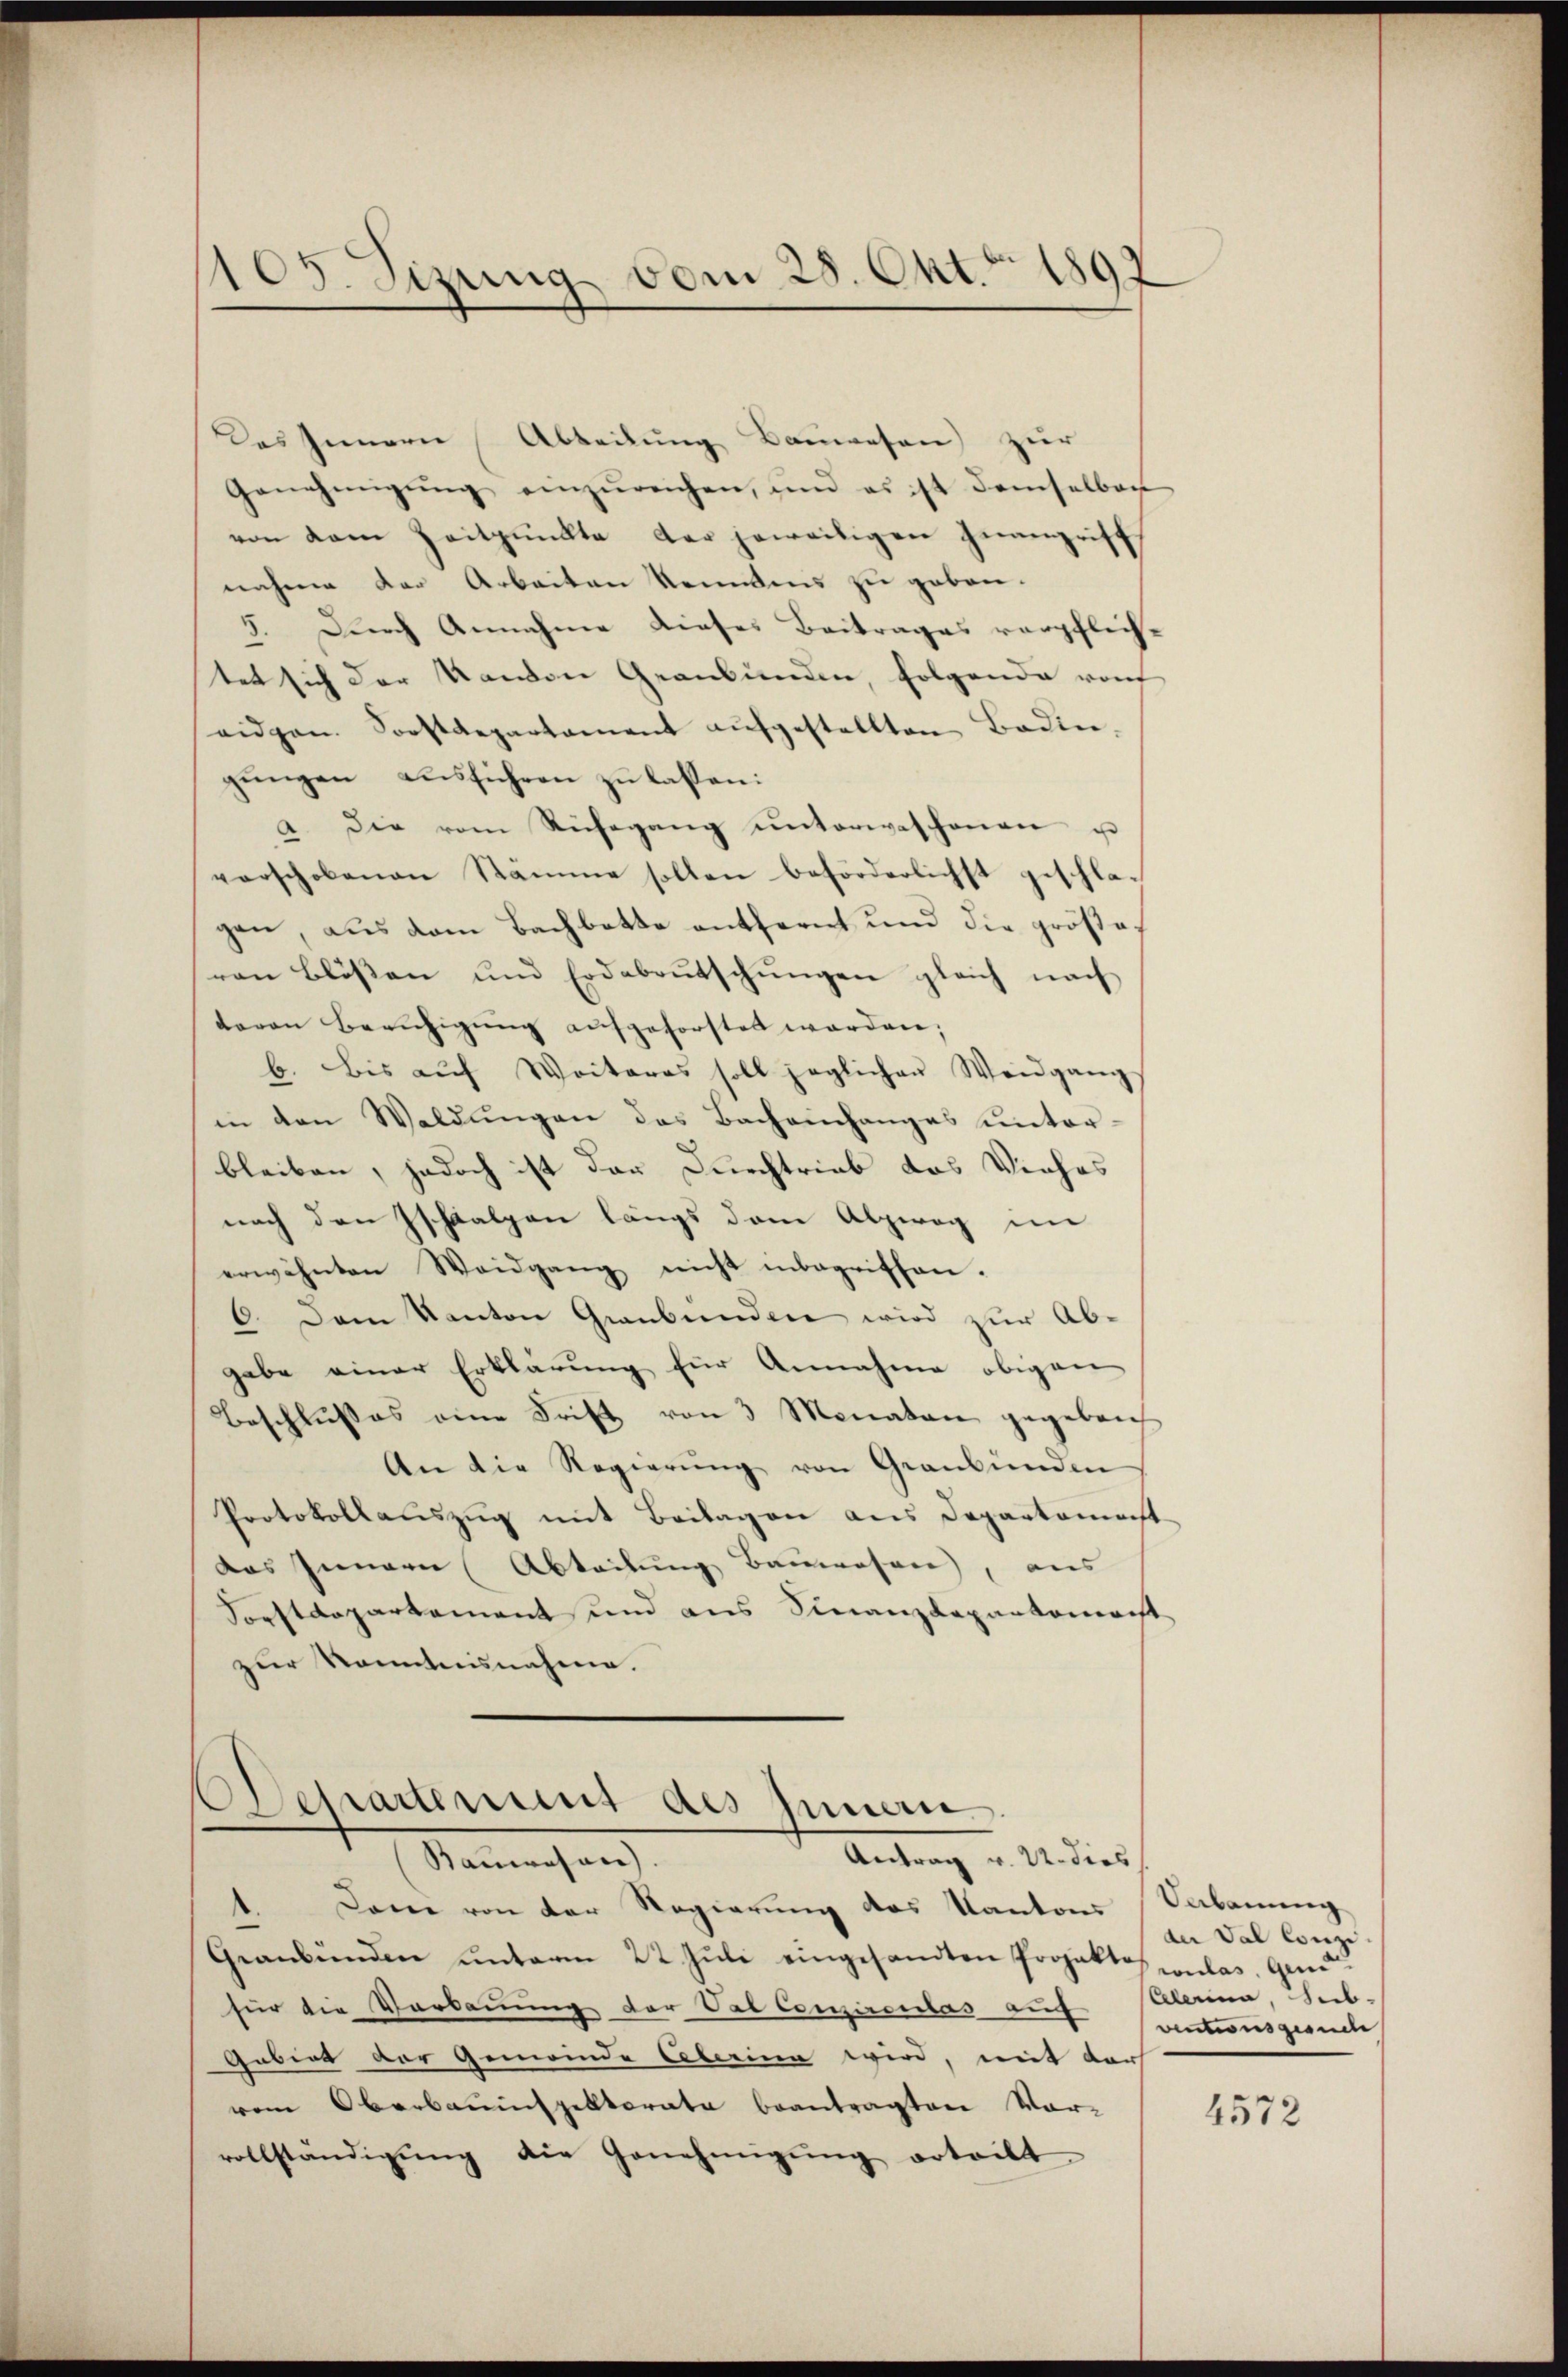
105. Sizung vom 28. Okt. 1897

Das Innern Abteilung Bauwesen) zur
Genehmigŭng einzŭreichen, und es ist demselben
von dem Zeitpunkte der jeweiligen Inangriff
nahme der Arbeiten konntens zu geben.
5. Durch Annahme dieses Beitrages verpflichtet sich der Kanton Graubünden, folgende von
eidgen. Sorstdepartament aŭfgestellten Baden-
gŭngen aŭsführen zŭ lassen:
. Die vom Rührgang unterwaschenen u
verschobenen Stämme sollen beförderlichst geschla-
gen, aus dem Bachbette entfernt und die größevon Blössen und Erdobeŭtschŭngen gleich nach
deren Beruhigung aufgeforstet worden;
b. Bis auf Weiteres soll jeglichen Weidgangs
in den Waldungen des Bacheinhanges unter-
bleiben, jedoch ist der Durchtrieb das Viehas
nach den Ischalpen längs dem Abzweg im
erwähnten Weidgang nicht inbegriffen.
6. Dem Kanton Graubünden wird zur Ab-
gabe einer Erklärung für Annahme obigen
Beschlusses eine Frist von 3 Monaten gegebenh
An die Regierŭng von Graubünden
Protokollauszug mit Beilagen aus Departemest
das Innern (Abteilung Bauwesen, aus
Forstdepartement und aus Finanzkapantonacht
zur Kenntnisnahme.

Derartenung des Innen
Antrag v. M. dies
Bauwesen)

1. Dame von der Regierung des Kantons Sebauung
Graubünden unterm 22. Jŭli eingesandten Projekt zulas. Gen
für die Vorbauung der Val Conzirenlas auf
Gabirt der Gemeinde Ueberina wird, mit dar
vom Oberbauinspektorate beantragten Vor-
vollständigung die Genehmigung erteilt.

der Val Conzi
Clerina, Sub-
ventionsgesuche

4572